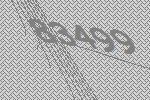
83499